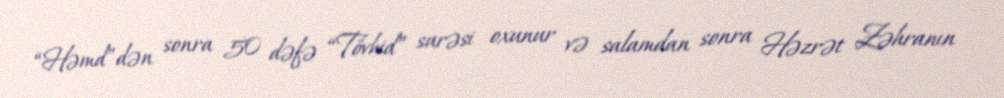
“Həmd”dən sonra 50 dəfə “Tövhid” surəsi oxunur və salamdan sonra Həzrət Zəhranın